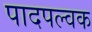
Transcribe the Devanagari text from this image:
पादपल्वक